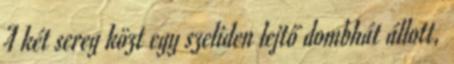
A két sereg közt egy szeliden lejtő dombhát állott,